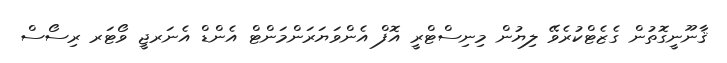
ޤާނޫނީގޮތުން ގެޒެޓްކުރެވޭ ލިޔުން މިނިސްޓްރީ އޮފް އެންވަޔަރަންމަންޓް އެންޑް އެނަރޖީ ވޯޓަރ ރިސޯސް